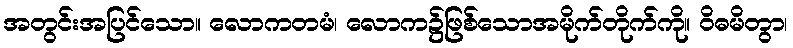
အတွင်းအပြင်သော။ လောကတမံ၊ လောက၌ဖြစ်သောအမိုက်တိုက်ကို။ ဝိဓမိတွာ၊